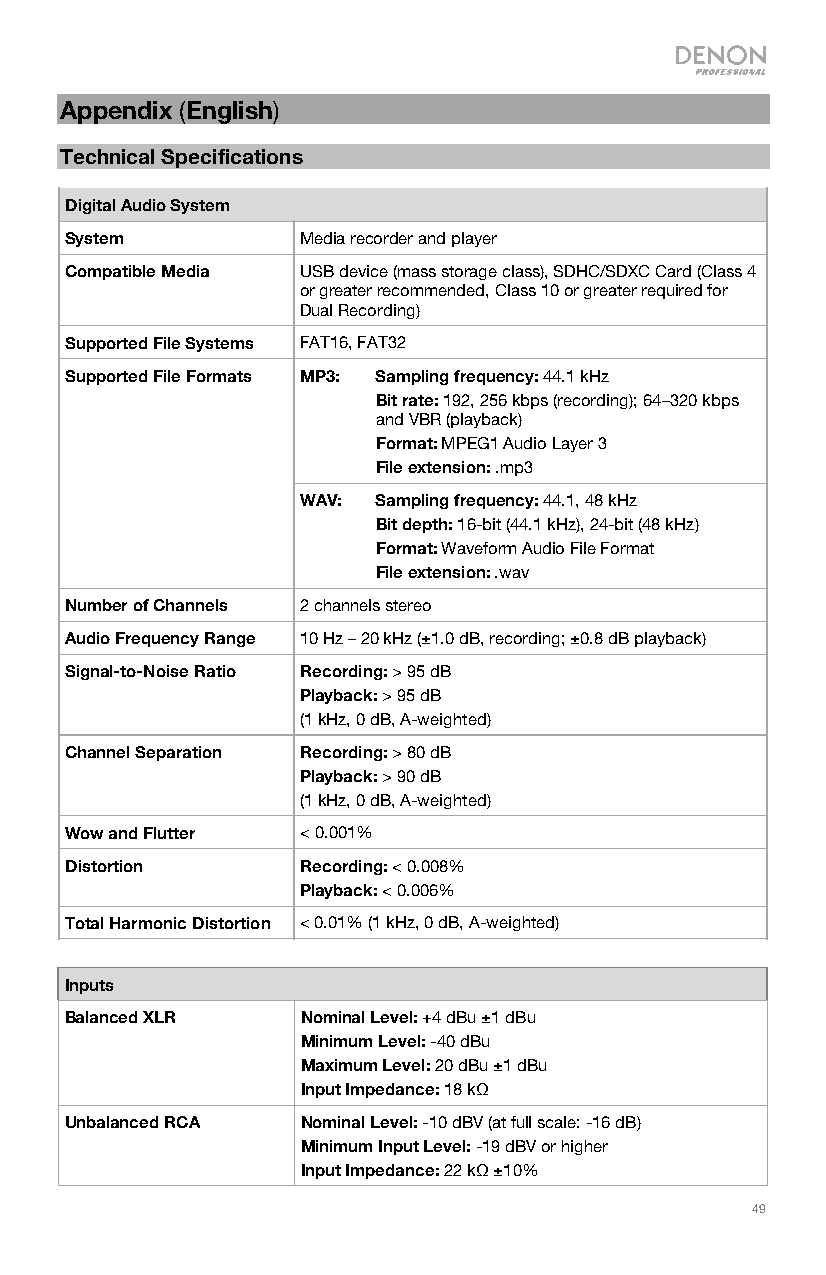
Appendix (English)
 Technical Specifications
 Digital Audio System
 System          Media recorder and player
 Compatible Media USB device (mass storage class), SDHC/SDXC Card (Class 4
 or greater recommended, Class 10 or greater required for
 Dual Recording)
 Supported File Systems FAT16, FAT32
 Supported File Formats MP3: Sampling frequency: 44.1 kHz
 Bit rate: 192, 256 kbps (recording); 64–320 kbps
 and VBR (playback)
 Format: MPEG1 Audio Layer 3
 File extension: .mp3
 WAV: Sampling frequency: 44.1, 48 kHz
 Bit depth: 16-bit (44.1 kHz), 24-bit (48 kHz)
 Format: Waveform Audio File Format
 File extension: .wav
 Number of Channels 2 channels stereo
 Audio Frequency Range 10 Hz – 20 kHz (±1.0 dB, recording; ±0.8 dB playback)
 Signal-to-Noise Ratio Recording: > 95 dB
 Playback: > 95 dB
 (1 kHz, 0 dB, A-weighted)
 Channel Separation Recording: > 80 dB
 Playback: > 90 dB
 (1 kHz, 0 dB, A-weighted)
 Wow and Flutter < 0.001%
 Distortion      Recording: < 0.008%
 Playback: < 0.006%
 Total Harmonic Distortion < 0.01% (1 kHz, 0 dB, A-weighted)
 Inputs
 Balanced XLR    Nominal Level: +4 dBu ±1 dBu
 Minimum Level: -40 dBu
 Maximum Level: 20 dBu ±1 dBu
 Input Impedance: 18 kΩ
 Unbalanced RCA  Nominal Level: -10 dBV (at full scale: -16 dB)
 Minimum Input Level: -19 dBV or higher
 Input Impedance: 22 kΩ ±10%
 49